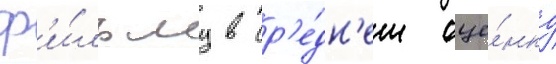
ф'и́льму в ср'е́дн'ем оце́нку